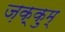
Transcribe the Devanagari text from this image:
ज़क़्क़ुम्